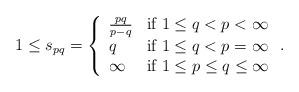
LaTeX: \begin{align*}1\le s_{pq}=\left\{\begin{array}{ll}\frac{pq}{p-q} & \textnormal{if } 1\le q<p<\infty \\ q & \textnormal{if } 1\le q<p=\infty \\\infty & \textnormal{if } 1\le p\le q\le\infty\end{array}\right..\end{align*}